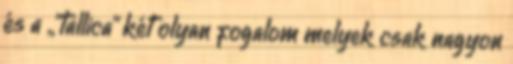
és a „”tallica” két olyan fogalom melyek csak nagyon